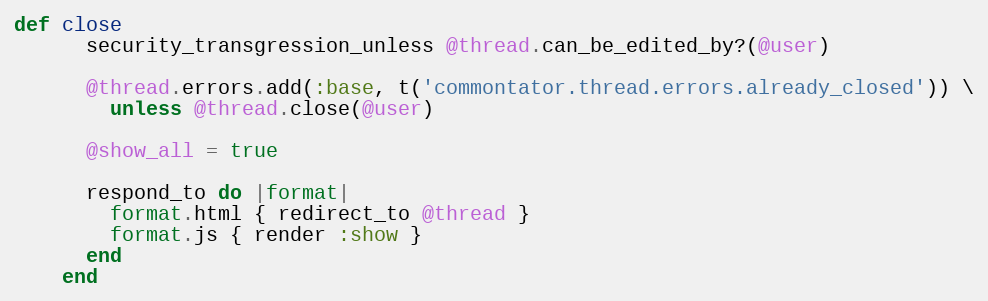
Language: Ruby
def close
      security_transgression_unless @thread.can_be_edited_by?(@user)

      @thread.errors.add(:base, t('commontator.thread.errors.already_closed')) \
        unless @thread.close(@user)

      @show_all = true

      respond_to do |format|
        format.html { redirect_to @thread }
        format.js { render :show }
      end
    end